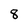
Character: 8